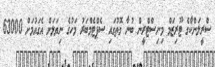
ސްރީލަންކާގެ ޓޫރިޒަމް މިނިސްޓްރީން ބުނާ ގޮތުގައި ސެޕްޓެމްބަރު މަހުގެ ނިޔަލަށް އެގައުމަށް 63000